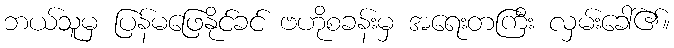
ဘယ်သူမှ ပြန်မဖြေနိုင်ခင် ဗဟိုစခန်းမှ အရေးတကြီး လှမ်းခေါ်၏။